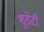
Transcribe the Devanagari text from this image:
शुडेटी